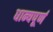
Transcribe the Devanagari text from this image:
धान्यपूर्ण